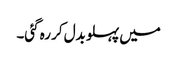
میں پہلو بدل کر رہ گئی۔